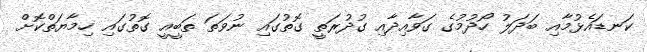
ކަނޑައެޅުމާއި ބަދަލު ހޯދުމުގެ ގަވާއިދާއި ގުދުރަތީ ގޮތުގައި ނުވަތަ ތަބީއީ ގޮތުގައި ހިމާޔަތްކޮށް